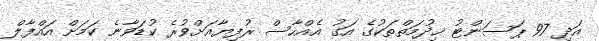
އަދި 97 ޕަސަންޓު ޚިދުމަތްތަކުގެ އަގު އެއްހާސް ރުފިޔާއަށްވުރެ ކުޑަވާނެ ކަމަށް އައްފާލް